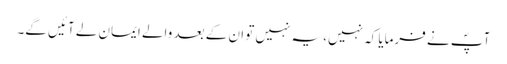
آپؐ نے فرمایا کہ نہیں، یہ نہیں تو ان کے بعد والے ایمان لے آئیں گے۔